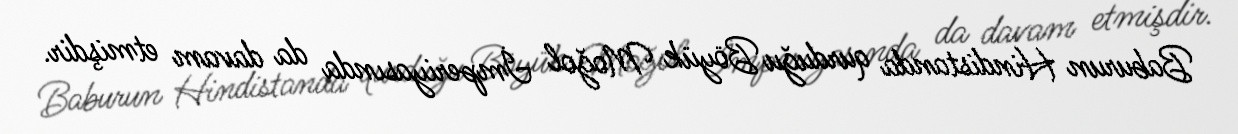
Baburun Hindistanda qurduğu Böyük Moğol İmperiyasında da davam etmişdir.